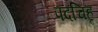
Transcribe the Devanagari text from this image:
पदचिहृ